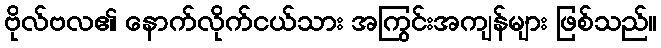
ဗိုလ်ဗလ၏ နောက်လိုက်ငယ်သား အကြွင်းအကျန်များ ဖြစ်သည်။